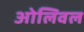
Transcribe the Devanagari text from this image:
ओलिवल